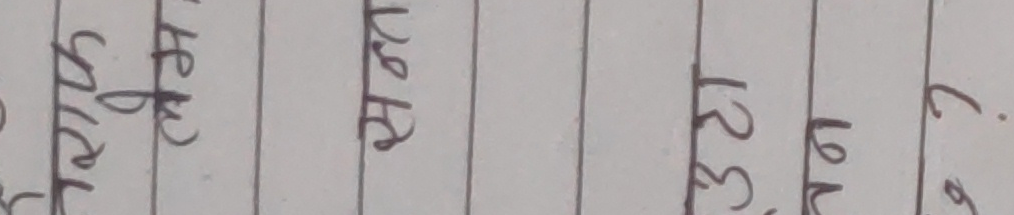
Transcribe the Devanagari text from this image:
च काम फेर प्रवि नइ शष लल काल १३ २२ ८.